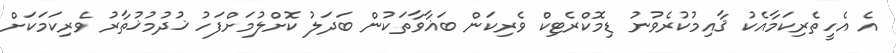
އެ އެހީތެރިކަމާއެކު ޤާއިމުކުރެވުނު ޑިމޮކްރެޓިކް ވެރިކަން ބަޣާވާތަކުން ބަދަލު ކޮށްލުމަށްފަހު ޚުދުމުޚުތާރު ވެރިކަމަކަށް